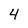
Character: 4